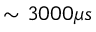
\sim 3 0 0 0 \mu s